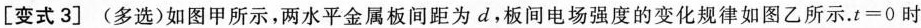
[变式3] (多选)如图甲所示，两水平金属板间距为d，板间电场强度的变化规律如图乙所示. $$t = 0$$ 时